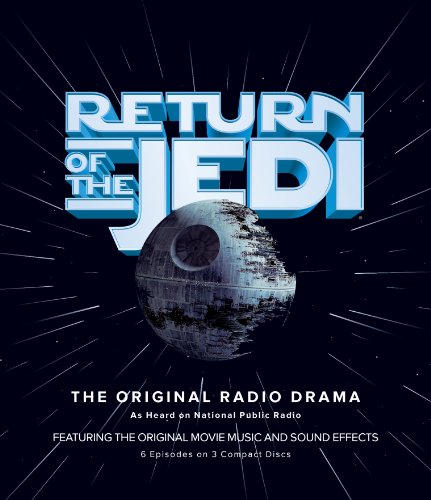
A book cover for Return of the Jedi; George Lucas; Humor & Entertainment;